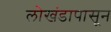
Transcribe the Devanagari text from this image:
लाेखंडापासून